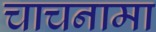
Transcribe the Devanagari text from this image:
चाचनामा